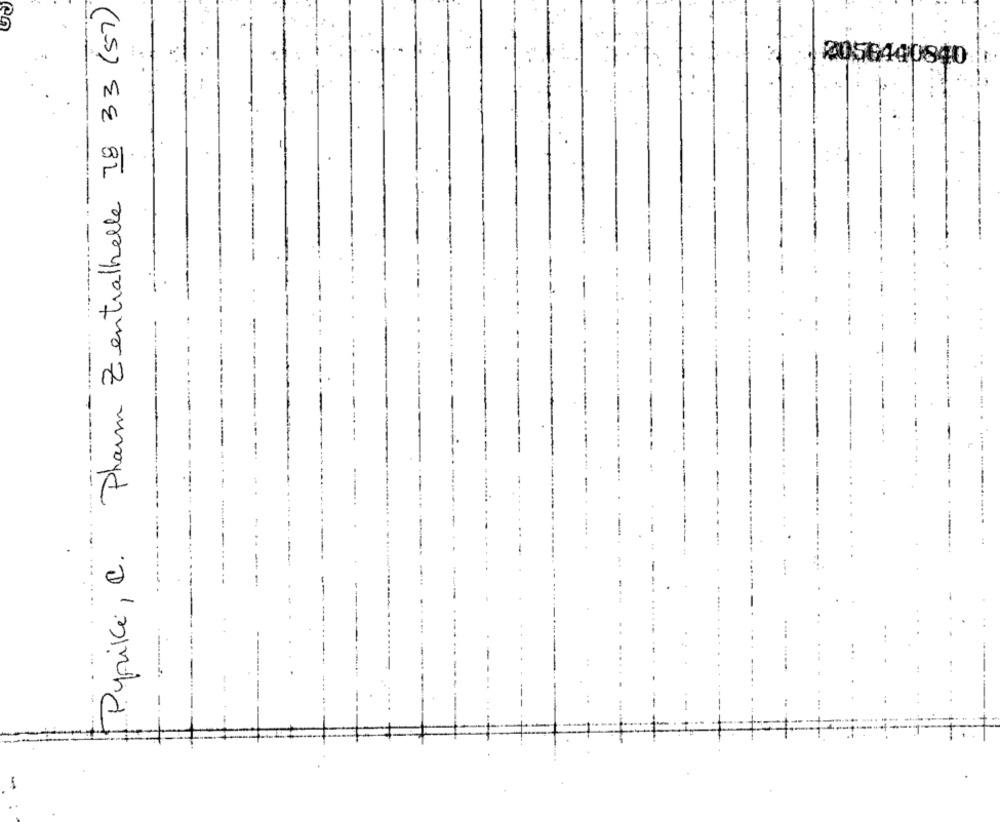
Pyriki, C. Pharm Zentralhelle 78 33 (57)
2056440840
--
-
........
.......
.
-